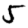
Digit: 5